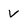
Character: V